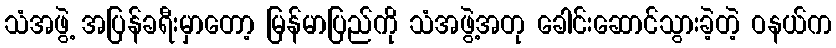
သံအဖွဲ့ အပြန်ခရီးမှာတော့ မြန်မာပြည်ကို သံအဖွဲ့အတု ခေါင်းဆောင်သွားခဲ့တဲ့ ဝနယ်က